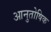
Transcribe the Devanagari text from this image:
आनुतोषिक